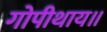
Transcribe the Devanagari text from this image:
गोपीथाय॥